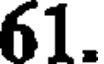
61.